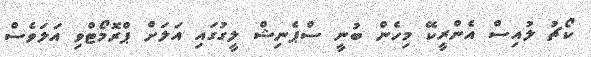
ކޯޗު ލުއިސް އެންރީކޭ މިހެން ބުނީ ސްޕެނިޝް ލީގުގައި އަލަށް ޕްރޮމޯޓްވި އަލަވެސް